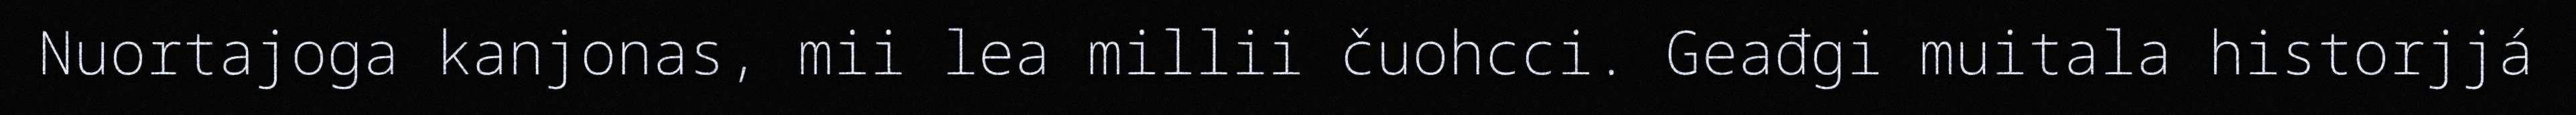
Nuortajoga kanjonas, mii lea millii čuohcci. Geađgi muitala historjjá